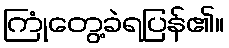
ကြုံတွေ့ခဲရပြန်၏။